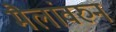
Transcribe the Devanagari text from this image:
मैलांवरुन